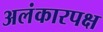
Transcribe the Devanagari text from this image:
अलंकारपक्ष